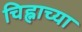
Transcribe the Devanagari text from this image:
चिह्नाच्या